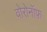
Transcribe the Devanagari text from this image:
वोरोनॉफ़